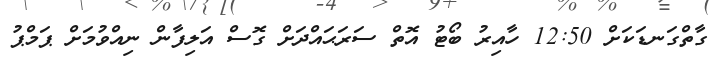
ގާތްގަނޑަކަށް 12:50 ހާއިރު ބޯޓު އޮތް ސަރަޙައްދަށް ގޮސް އަލިފާން ނިއްވުމަށް ޕަމްޕު